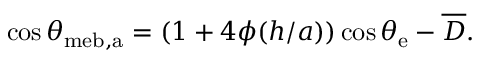
\cos \theta _ { \mathrm { { m e b , a } } } = ( 1 + 4 \phi ( h / a ) ) \cos \theta _ { \mathrm { { e } } } - \overline { { D } } .